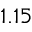
1 . 1 5